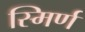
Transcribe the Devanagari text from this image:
स्मिर्ण